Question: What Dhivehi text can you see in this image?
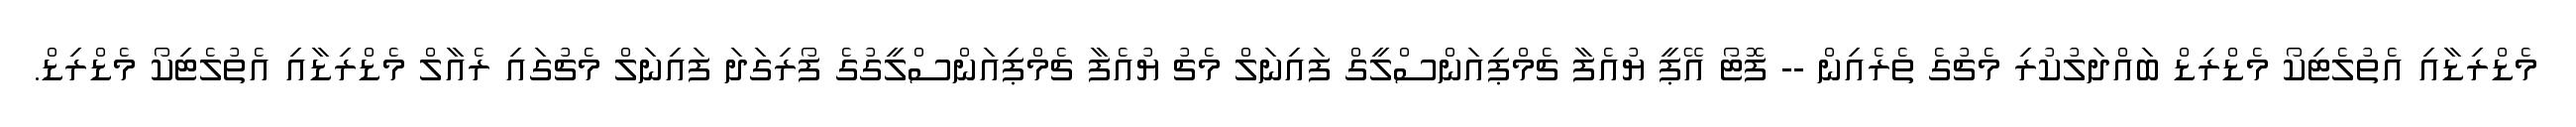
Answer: މެޑްރިޑާއި އެތުލެޓިކޯ މެޑްރިޑް ބައްދަލުކުރި މެޗުގެ ތެރެއިން -- ފޮޓޯ އޭޕީ ޔުއެފާ ޗެމްޕިއަންސްލީގް ފައިނަލް މެޗު ޔުއެފާ ޗެމްޕިއަންސްލީގުގެ ފޯރިގަދަ ފައިނަލް މެޗުގައި ރެއާލް މެޑްރިޑާއި އެތުލެޓިކޯ މެޑްރިޑް.